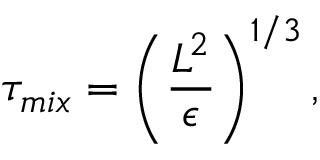
\tau _ { m i x } = \left( \frac { L ^ { 2 } } { \epsilon } \right) ^ { 1 / 3 } ,